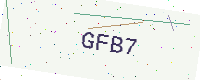
Text: GFB7